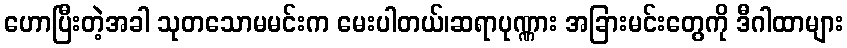
ဟောပြီးတဲ့အခါ သုတသောမမင်းက မေးပါတယ်၊ဆရာပုဏ္ဏား အခြားမင်းတွေကို ဒီဂါထာများ